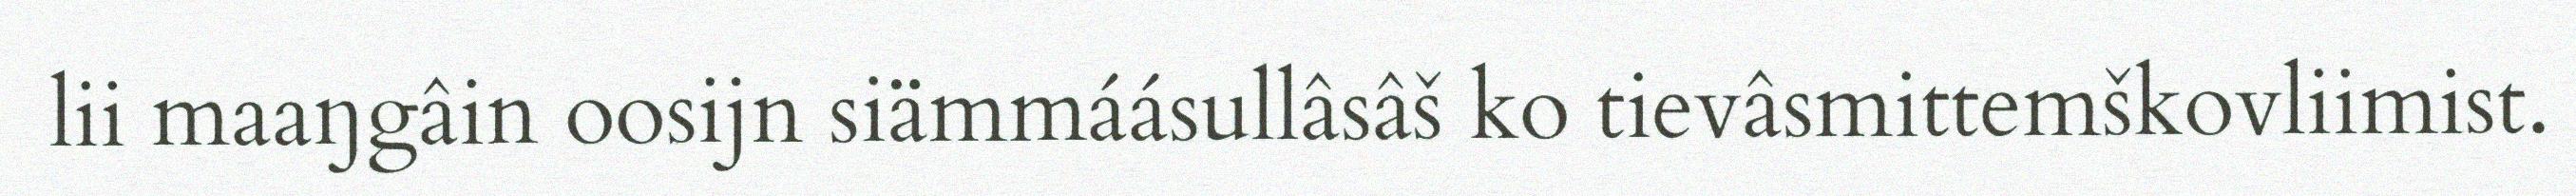
lii maaŋgâin oosijn siämmáásullâsâš ko tievâsmittemškovliimist.